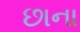
છાના